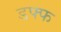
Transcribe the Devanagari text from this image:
डफ्फ